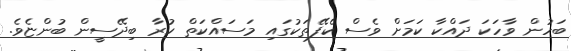
ބަހުން ވާހަކަ ދައްކާ ކަަމަށް ވެސް ކެފޭތަކުގައި މަސައްކަތް ކުރާ ބިދޭސީން ބުންޏެވެ.